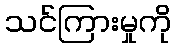
သင်ကြားမှုကို